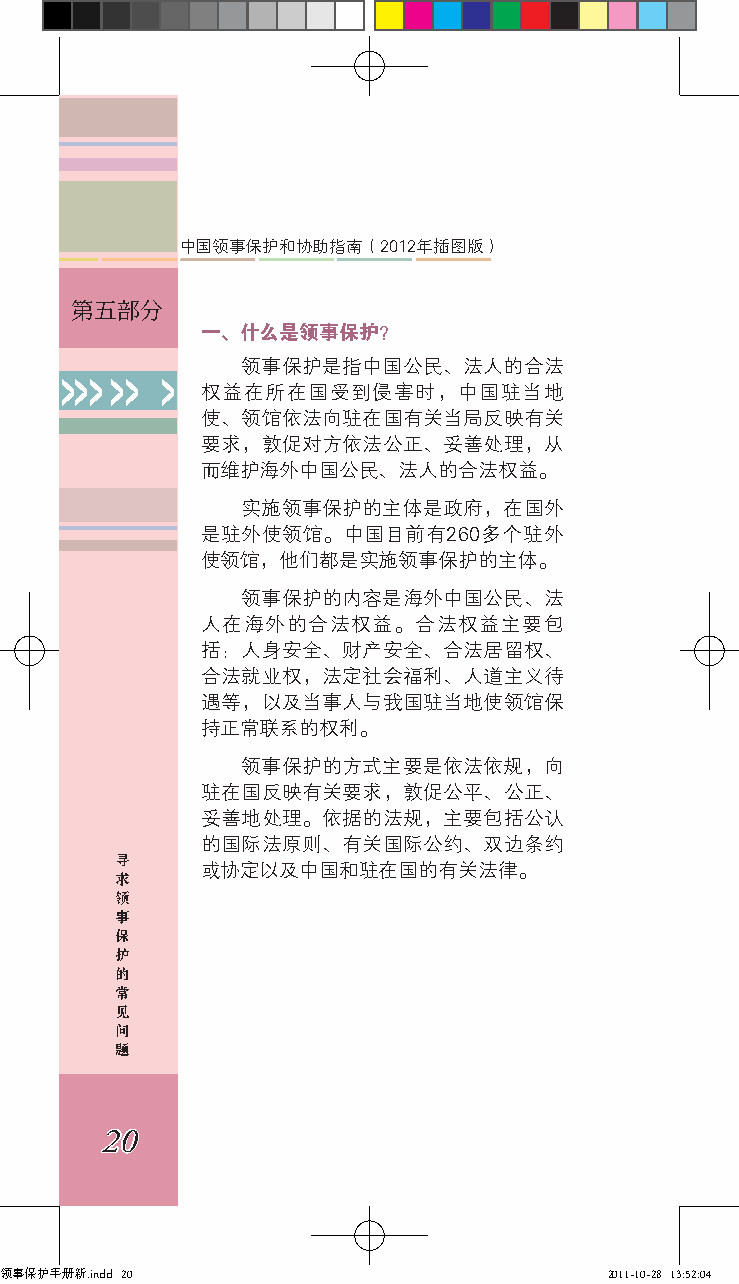
中国领事保护和协助指南（2012年插图版）
 第五部分
 一、什么是领事保护？
 领事保护是指中国公民、法人的合法
 >>> >> > 权益在所在国受到侵害时，中国驻当地
 使、领馆依法向驻在国有关当局反映有关
 要求，敦促对方依法公正、妥善处理，从
 而维护海外中国公民、法人的合法权益。
 实施领事保护的主体是政府，在国外
 是驻外使领馆。中国目前有260多个驻外
 使领馆，他们都是实施领事保护的主体。
 领事保护的内容是海外中国公民、法
 人在海外的合法权益。合法权益主要包
 括：人身安全、财产安全、合法居留权、
 合法就业权，法定社会福利、人道主义待
 遇等，以及当事人与我国驻当地使领馆保
 持正常联系的权利。
 领事保护的方式主要是依法依规，向
 驻在国反映有关要求，敦促公平、公正、
 妥善地处理。依据的法规，主要包括公认
 的国际法原则、有关国际公约、双边条约
 寻
 或协定以及中国和驻在国的有关法律。
 求
 领
 事
 保
 护
 的
 常
 见
 问
 题
 20
 领事保护手册新.indd 20                         2011-10-28 13:52:04